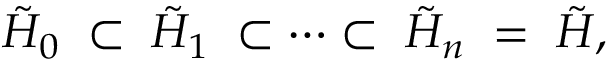
\tilde { { \cal H } } _ { 0 } \; \subset \; \tilde { { \cal H } } _ { 1 } \; \subset \cdots \subset \; \tilde { { \cal H } } _ { n } \; = \; \tilde { { \cal H } } ,